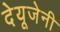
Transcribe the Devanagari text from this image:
देयूजेनी